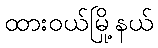
ထားဝယ်မြို့နယ်